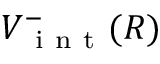
V _ { \mathrm { ~ i ~ n ~ t ~ } } ^ { - } ( R )